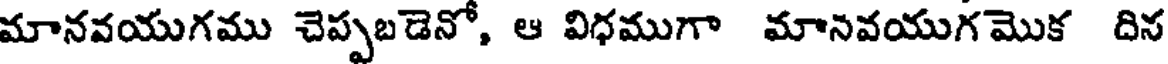
మానవయుగము చెప్పబడెనో, ఆ విధముగా మానవయుగ మొక దిన